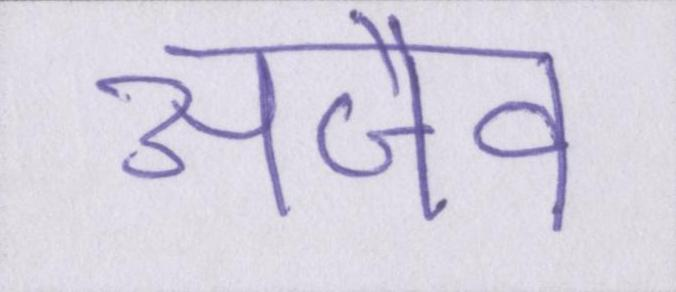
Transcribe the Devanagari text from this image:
अजैव